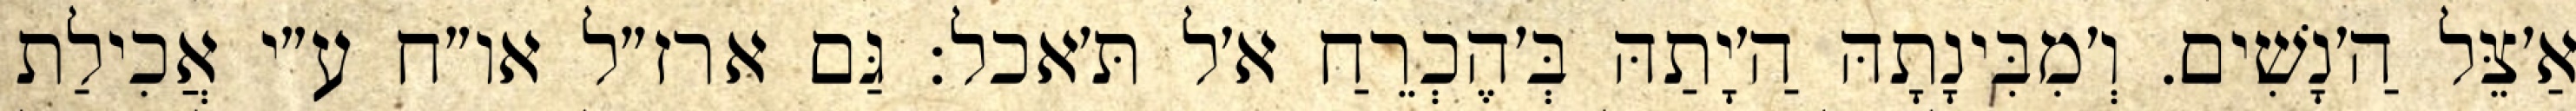
אַ׳צֵּל הַ׳נָשִׁים. וְ׳מִבִּינָתָהּ הַ׳יָתַהּ בְּ׳הֶכְרֵחַ א׳ל תּ׳אכל: גַּם ארז״ל או״ח ע״י אֲכִילַת